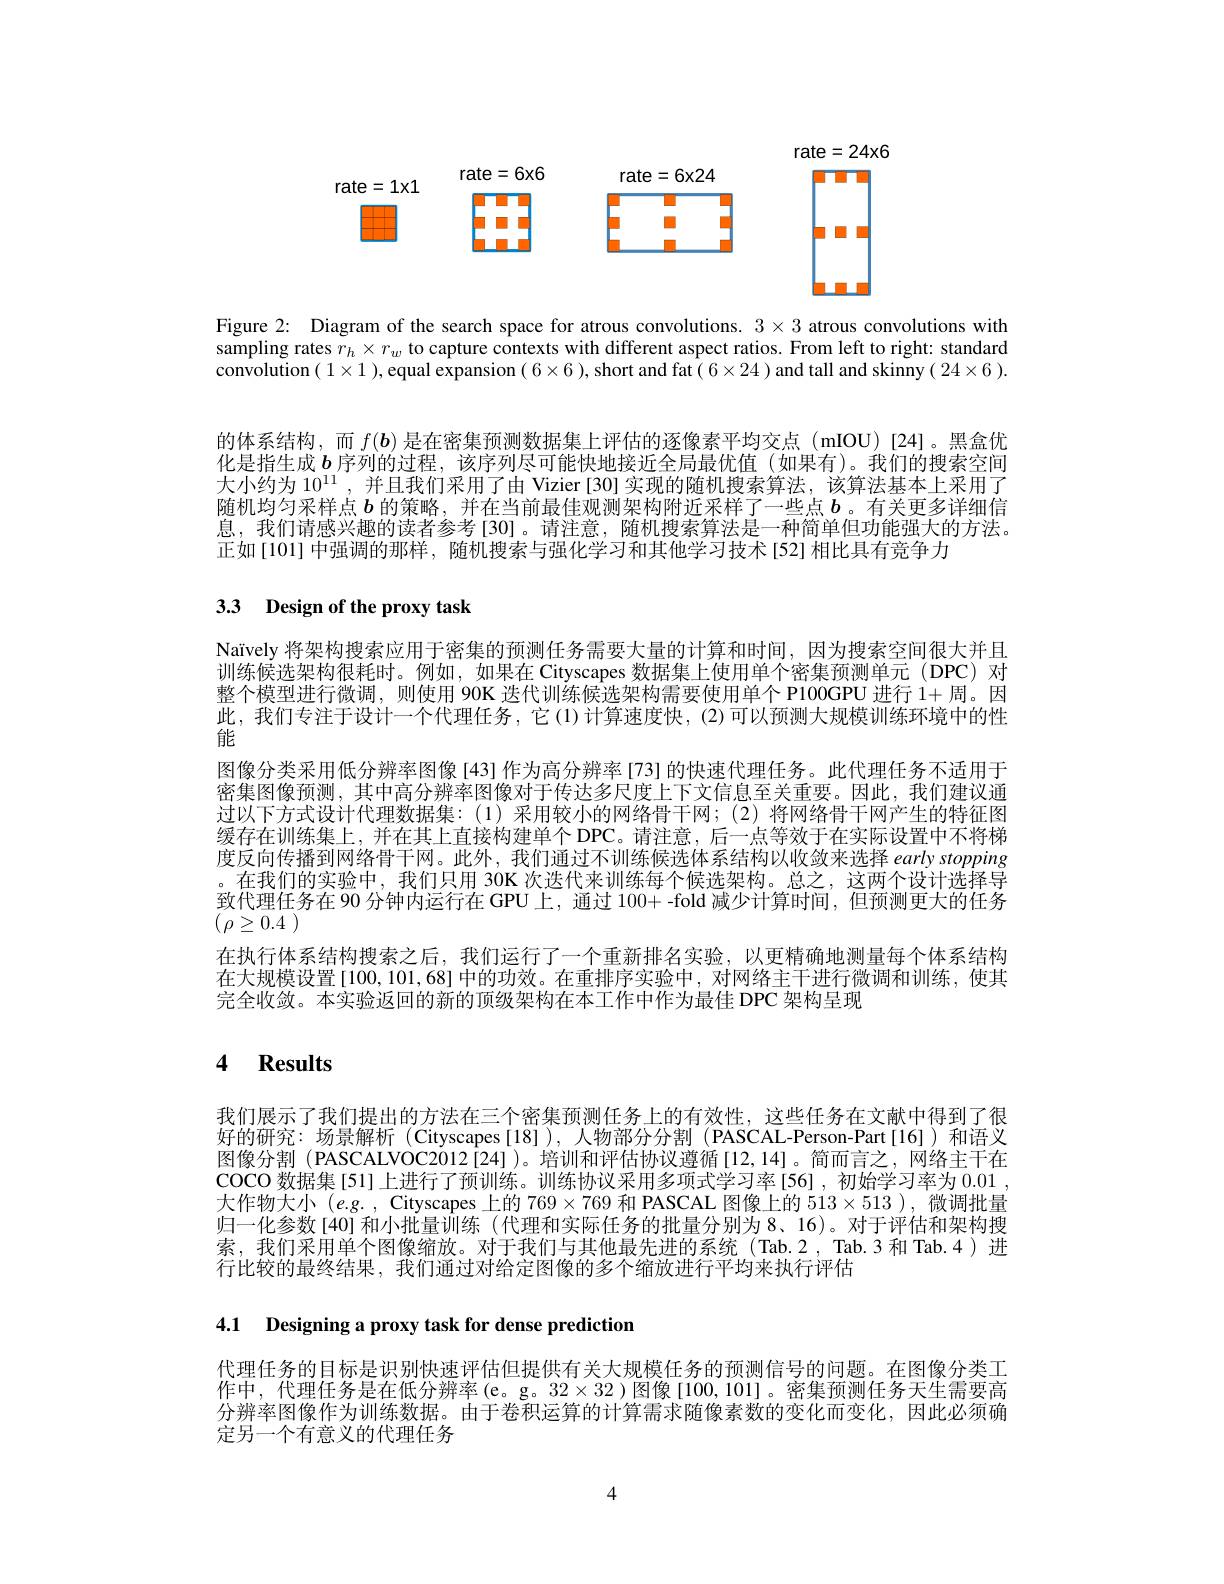
<FigureHere>

Figure 2: Diagram of the search space for atrous convolutions. $3\times3$ atrous convolutions with sampling rates $r_h\times r_w$ to capture contexts with different aspect ratios. From left to right: standard convolution $(1\times1)$,equal expansion $(6\times6)$,short and fat( $6\times24)$ and tall and skinny( $24\times6).$

的体系结构，而$f(\boldsymbol{b})$是在密集预测数据集上评估的逐像素平均交点(mIOU)[24]。黑盒优化是指生成$b$序列的过程，该序列尽可能快地接近全局最优值(如果有)。我们的搜索空间大小约为$10^{11}$,并且我们采用了由 Vizier[30]实现的随机搜索算法，该算法基本上采用了随机均匀采样点$b$的策略，并在当前最佳观测架构附近采样了一些点$b$ 。有关更多详细信息，我们请感兴趣的读者参考[30]。请注意，随机搜索算法是一种简单但功能强大的方法。正如[101]中强调的那样，随机搜索与强化学习和其他学习技术[52]相比具有竞争力

# 3.3 Design of the proxy task

Naïvely 将架构搜索应用于密集的预测任务需要大量的计算和时间，因为搜索空间很大并且训练候选架构很耗时。例如，如果在 Cityscapes 数据集上使用单个密集预测单元(DPC)对整个模型进行微调，则使用 90K 迭代训练候选架构需要使用单个 P100GPU 进行 1+周。因此，我们专注于设计一个代理任务，它(1)计算速度快，(2)可以预测大规模训练环境中的性能
图像分类采用低分辨率图像[43] 作为高分辨率 [73] 的快速代理任务。此代理任务不适用于密集图像预测，其中高分辨率图像对于传达多尺度上下文信息至关重要。因此，我们建议通过以下方式设计代理数据集：(1)采用较小的网络骨干网；(2)将网络骨干网产生的特征图缓存在训练集上，并在其上直接构建单个 DPC。请注意，后一点等效于在实际设置中不将梯度反向传播到网络骨干网。此外，我们通过不训练候选体系结构以收敛来选择 early stopping 。在我们的实验中，我们只用 30K 次迭代来训练每个候选架构。总之，这两个设计选择导致代理任务在 90 分钟内运行在 GPU 上，通过 100+ -fold 减少计算时间 ,但预测更大的任务$( \rho \geq \overline {0. 4}$ )
在执行体系结构搜索之后，我们运行了一个重新排名实验，以更精确地测量每个体系结构在大规模设置[100,101,68]中的功效。在重排序实验中，对网络主干进行微调和训练，使其完全收敛。本实验返回的新的顶级架构在本工作中作为最佳 DPC 架构呈现

# 4 Results

我们展示了我们提出的方法在三个密集预测任务上的有效性，这些任务在文献中得到了很好的研究：场景解析 (Cityscapes[18]),人物部分分割 (PASCAL-Person-Part[16])和语义图像分割 (PASCALVOC2012[24])。培训和评估协议遵循[12,14]。简而言之，网络主干在COCO 数据集[51]上进行了预训练。训练协议采用多项式学习率[56],初始学习率为0.01大作物大小$(e.g.$, Cityscapes 上的$769\times769$和 PASCAL 图像上的 513$\times513)$,微调批量归一化参数[40]和小批量训练(代理和实际任务的批量分别为8、16)。对于评估和架构搜索，我们采用单个图像缩放。对于我们与其他最先进的系统(Tab.2,Tab.3 和 Tab.4)进行比较的最终结果，我们通过对给定图像的多个缩放进行平均来执行评估

4.1 Designing a proxy task for dense prediction

代理任务的目标是识别快速评估但提供有关大规模任务的预测信号的问题。在图像分类工作中，代理任务是在低分辨率(e。g。$32\times32$)图像[100,101]。密集预测任务天生需要高分辨率图像作为训练数据。由于卷积运算的计算需求随像素数的变化而变化，因此必须确定另一个有意义的代理任务

4